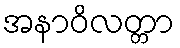
အနာဝိလတ္တာ